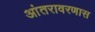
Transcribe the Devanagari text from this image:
आंतरावरणास